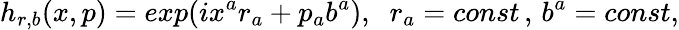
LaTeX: h_{r,b}(x,p)=exp(ix^{a}r_{a}+p_{a}b^{a}),\; \; r_{a}=const\, ,\, b^{a}=const,